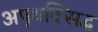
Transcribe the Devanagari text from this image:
अपृथक्सिद्ध